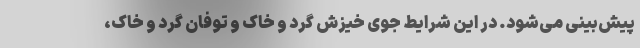
پیش‌بینی می‌شود. در این شرایط جوی خیزش گرد و خاک و توفان گرد و خاک،